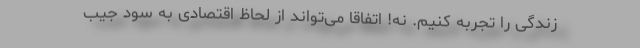
زندگی را تجربه کنیم. نه! اتفاقا می‌تواند از لحاظ اقتصادی به سود جیب